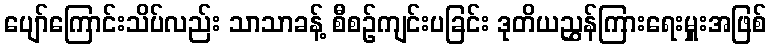
ပျော်ကြောင်းသိပ်လည်း သာသာခန့် စီစဉ်ကျင်းပခြင်း ဒုတိယညွှန်ကြားရေးမှူးအဖြစ်